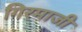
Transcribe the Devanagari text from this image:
गिरमाजी